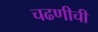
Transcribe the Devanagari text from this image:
चढणीची